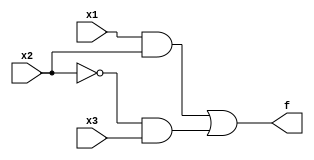
module ex1(x1,x2,x3,f);
    input x1, x2, x3;
    output f;
    assign f = (x1 & x2) | (~x2 & x3);
endmodule